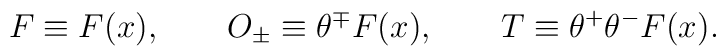
F\equiv F(x),\qquad O_{\pm }\equiv \theta ^{\mp }F(x),\qquad T\equiv \theta^{+}\theta ^{-}F(x).